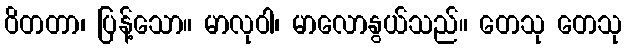
ဝိတတာ၊ ပြန့်သော။ မာလုဝါ၊ မာလောနွယ်သည်။ တေသု တေသု